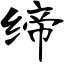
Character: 缔